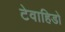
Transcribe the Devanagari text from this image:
टेवाहिडो